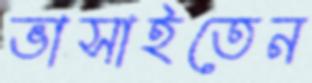
ভাসাইতেন